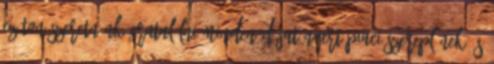
Ezúton szeretnénk gratulálni minden díjat nyert piaci szereplőnek és